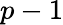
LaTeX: p-1